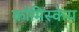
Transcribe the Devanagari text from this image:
कोमिस्केय